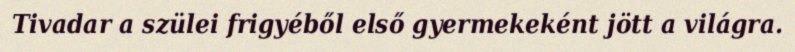
Tivadar a szülei frigyéből első gyermekeként jött a világra.